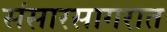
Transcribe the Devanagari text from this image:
संसारसागरात